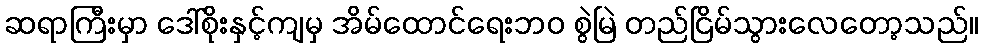
ဆရာကြီးမှာ ဒေါ်စိုးနှင့်ကျမှ အိမ်ထောင်ရေးဘဝ စွဲမြဲ တည်ငြိမ်သွားလေတော့သည်။